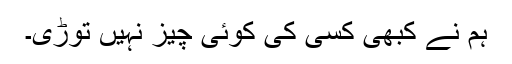
ہم نے کبھی کسی کی کوئی چیز نہیں توڑی۔